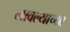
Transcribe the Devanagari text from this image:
लावल्याच्या